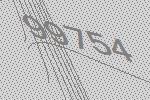
99754